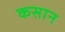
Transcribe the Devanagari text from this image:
कसान